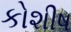
કોશીષ